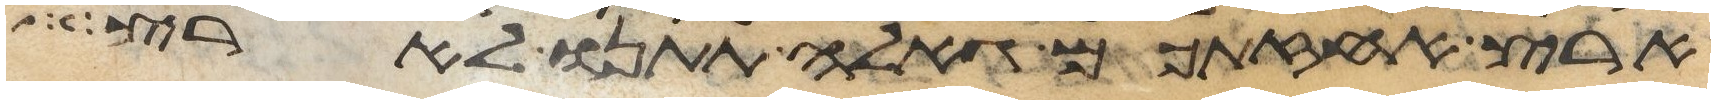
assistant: ארץ אחזתכם גאלה תתנו לארץ